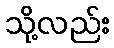
သို့လည်း